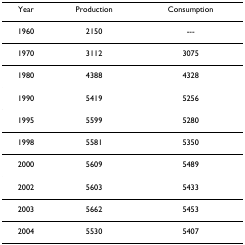
<table><thead><tr><td><b>Year</b></td><td><b>Production</b></td><td><b>Consumption</b></td></tr></thead><tbody><tr><td>1960</td><td>2150</td><td>---</td></tr><tr><td>1970</td><td>3112</td><td>3075</td></tr><tr><td>1980</td><td>4388</td><td>4328</td></tr><tr><td>1990</td><td>5419</td><td>5256</td></tr><tr><td>1995</td><td>5599</td><td>5280</td></tr><tr><td>1998</td><td>5581</td><td>5350</td></tr><tr><td>2000</td><td>5609</td><td>5489</td></tr><tr><td>2002</td><td>5603</td><td>5433</td></tr><tr><td>2003</td><td>5662</td><td>5453</td></tr><tr><td>2004</td><td>5530</td><td>5407</td></tr></tbody></table>